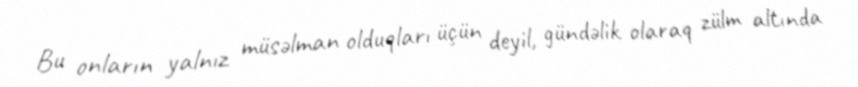
Bu onların yalnız müsəlman olduqları üçün deyil, gündəlik olaraq zülm altında